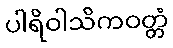
ပါရိဝါသိကဝတ္တံ